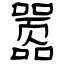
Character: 嚣